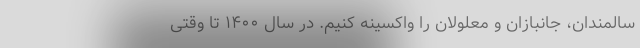
سالمندان، جانبازان و معلولان را واکسینه کنیم. در سال ۱۴۰۰ تا وقتی